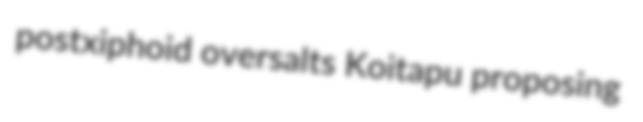
postxiphoid oversalts Koitapu proposing